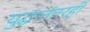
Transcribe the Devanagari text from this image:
युद्धानंतरही